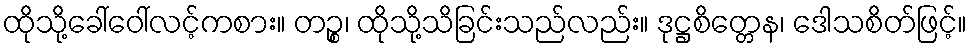
ထိုသို့ခေါ်ဝေါ်လင့်ကစား။ တဉ္စ၊ ထိုသို့သိခြင်းသည်လည်း။ ဒုဋ္ဌစိတ္တေန၊ ဒေါသစိတ်ဖြင့်။